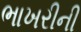
ભાખરીની